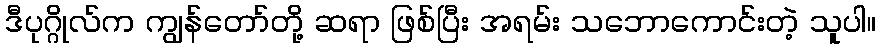
ဒီပုဂ္ဂိုလ်က ကျွန်တော်တို့ ဆရာ ဖြစ်ပြီး အရမ်း သဘောကောင်းတဲ့ သူပါ။